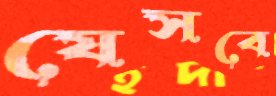
যেসবে